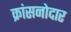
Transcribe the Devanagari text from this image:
क्रांसनोदार